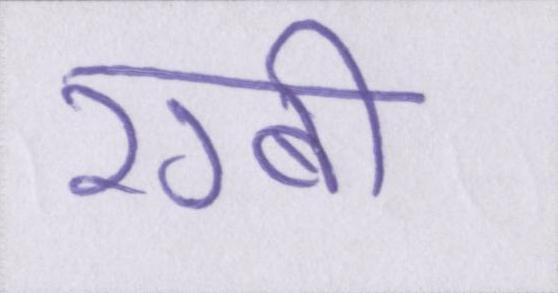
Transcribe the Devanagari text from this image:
रग्बी